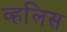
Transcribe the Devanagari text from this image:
व्हलिस